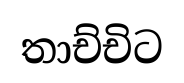
තාච්චිට